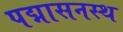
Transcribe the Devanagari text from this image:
पद्मासनस्थ